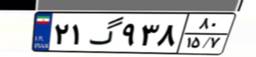
۹۴گ۷۶۵۵۴